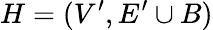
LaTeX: H=(V^{\prime},E^{\prime}\cup B)